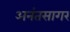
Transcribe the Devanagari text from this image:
अनंतसागर